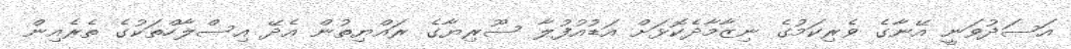
އަސަދުވަނީ އޭނާގެ ވެރިކަމުގެ ނިޒާމާދެކޮޅަށް އަޑުއުފުލާ ސޫރިޔާގެ ރައްޔިތުން އެދޭ އިސްލާހްތަކުގެ ތެރެއިން